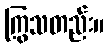
ကြွသတည်း။